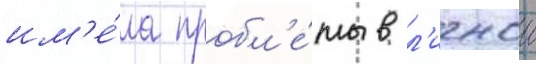
им'е́ла пробл'е́мы в л'ичнои